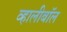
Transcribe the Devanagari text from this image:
व्हालीबॉल